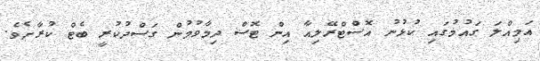
އަމިއްލަ ގައުމުގައި ކުޅުނު އޮސްޓްރޭލިއާ އިން ޓޮސް ދިމާވުމުން ގަސްދުކުރީ ބެޓް ކުރާށެވެ.